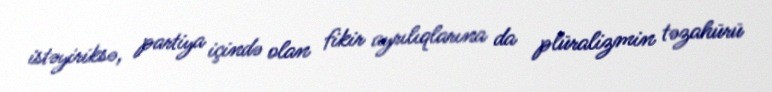
istəyiriksə, partiya içində olan fikir ayrılıqlarına da plüralizmin təzahürü